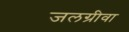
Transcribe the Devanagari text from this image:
जलग्रीवा